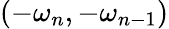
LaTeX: (-\omega_{n},-\omega_{n-1})